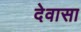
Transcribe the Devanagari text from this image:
देवासा